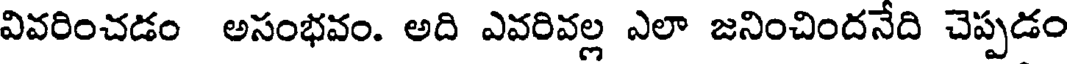
వివరించడం అసంభవం. అది ఎవరివల్ల ఎలా జనించిందనేది చెప్పడం